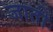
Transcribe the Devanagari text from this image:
जाती